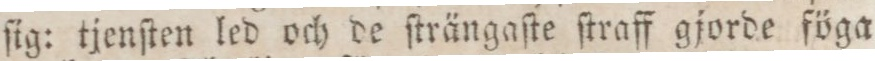
ſig: tjenſten led och de ſträngaſte ſtraff gjorde föga